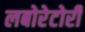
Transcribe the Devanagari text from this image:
लबोरेटोरी